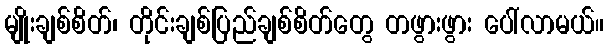
မျိုးချစ်စိတ်၊ တိုင်းချစ်ပြည်ချစ်စိတ်တွေ တဖွားဖွား ပေါ်လာမယ်။